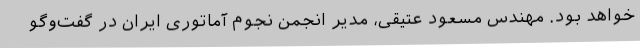
خواهد بود. مهندس مسعود عتیقی، مدیر انجمن نجوم آماتوری ایران در گفت‌وگو